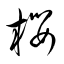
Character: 櫻